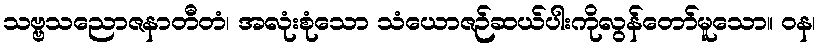
သဗ္ဗသညောဇနာတီတံ၊ အလုံးစုံသော သံယောဇဉ်ဆယ်ပါးကိုလွန်တော်မူသော။ ဝန၊